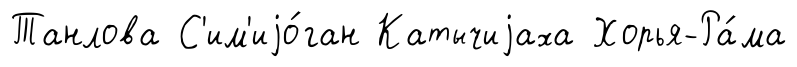
Танлова С'им'иjо́ган Катычиjаха Хорья-Ра́ма